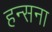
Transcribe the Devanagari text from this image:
हन्सना